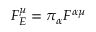
F _ { E } ^ { \mu } = \pi _ { \alpha } F ^ { \alpha \mu }